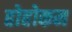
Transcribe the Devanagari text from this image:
होहोकम